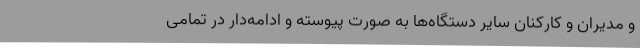
و مدیران و کارکنان سایر دستگاه‌ها به صورت پیوسته و ادامه‌دار در تمامی